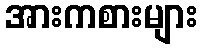
အားကစားများ